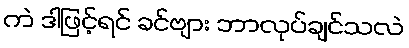
ကဲ ဒါဖြင့်ရင် ခင်ဗျား ဘာလုပ်ချင်သလဲ